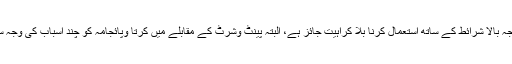
لہذا پینٹ وشرٹ مندرجہ بالا شرائط کے ساتھ استعمال کرنا بلا کراہیت جائز ہے، البتہ پینٹ وشرٹ کے مقابلے میں کرتا وپائجامہ کو چند اسباب کی وجہ سے فوقیت حاصل ہے۔